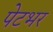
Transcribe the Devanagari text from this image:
पेटभर